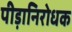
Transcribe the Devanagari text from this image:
पीड़ानिरोधक